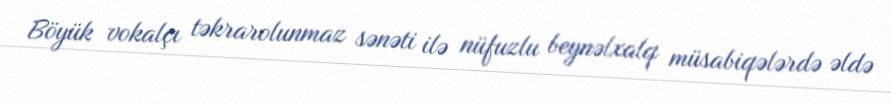
Böyük vokalçı təkrarolunmaz sənəti ilə nüfuzlu beynəlxalq müsabiqələrdə əldə